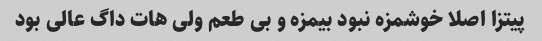
پیتزا اصلا خوشمزه نبود بیمزه و بی طعم ولی هات داگ عالی بود